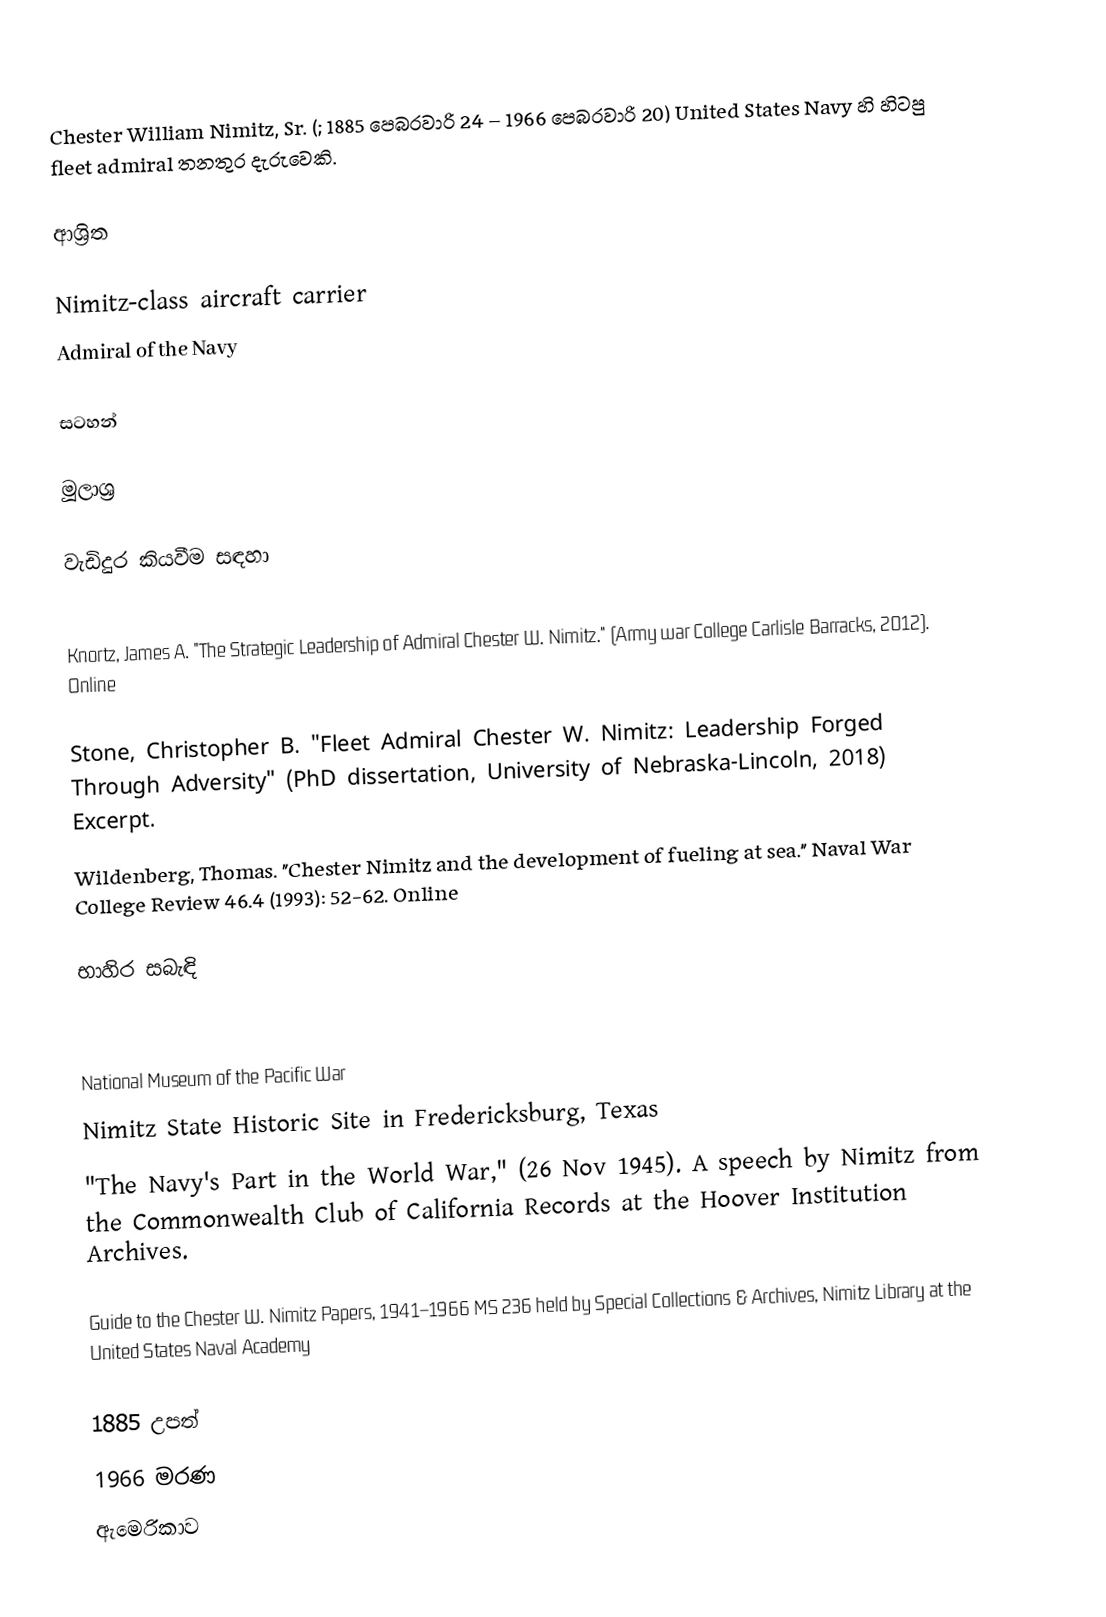
Chester William Nimitz, Sr. (; 1885 පෙබරවාරි 24 – 1966 පෙබරවාරි 20) United States Navy හි හිටපු fleet admiral තනතුර දැරුවෙකි.

ආශ්‍රිත

 Nimitz-class aircraft carrier
 Admiral of the Navy

සටහන්

මූලාශ්‍ර

වැඩිදුර කියවීම සඳහා

 Knortz, James A. "The Strategic Leadership of Admiral Chester W. Nimitz." (Army war College Carlisle Barracks, 2012). Online

 Stone, Christopher B. "Fleet Admiral Chester W. Nimitz: Leadership Forged Through Adversity" (PhD dissertation, University of Nebraska-Lincoln, 2018)   Excerpt.
 Wildenberg, Thomas. "Chester Nimitz and the development of fueling at sea." Naval War College Review 46.4 (1993): 52-62. Online

භාහිර සබැඳි

 National Museum of the Pacific War
 Nimitz State Historic Site in Fredericksburg, Texas
 "The Navy's Part in the World War," (26 Nov 1945). A speech by Nimitz from the Commonwealth Club of California Records at the Hoover Institution Archives.

 Guide to the Chester W. Nimitz Papers, 1941–1966 MS 236 held by Special Collections & Archives, Nimitz Library at the United States Naval Academy

1885 උපත්
1966 මරණ
ඇමෙරිකාව